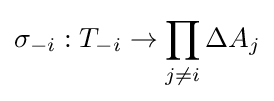
\sigma _{-i}:T_{-i}\rightarrow \prod _{j\neq i}\Delta A_{j}